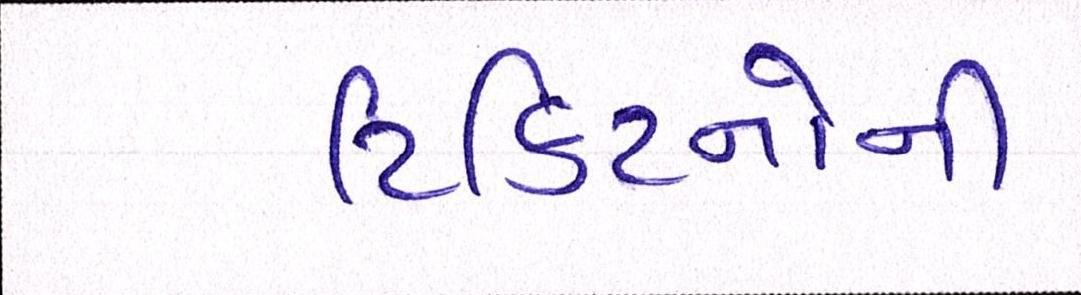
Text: ટિકિટનોની